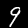
Digit: 9